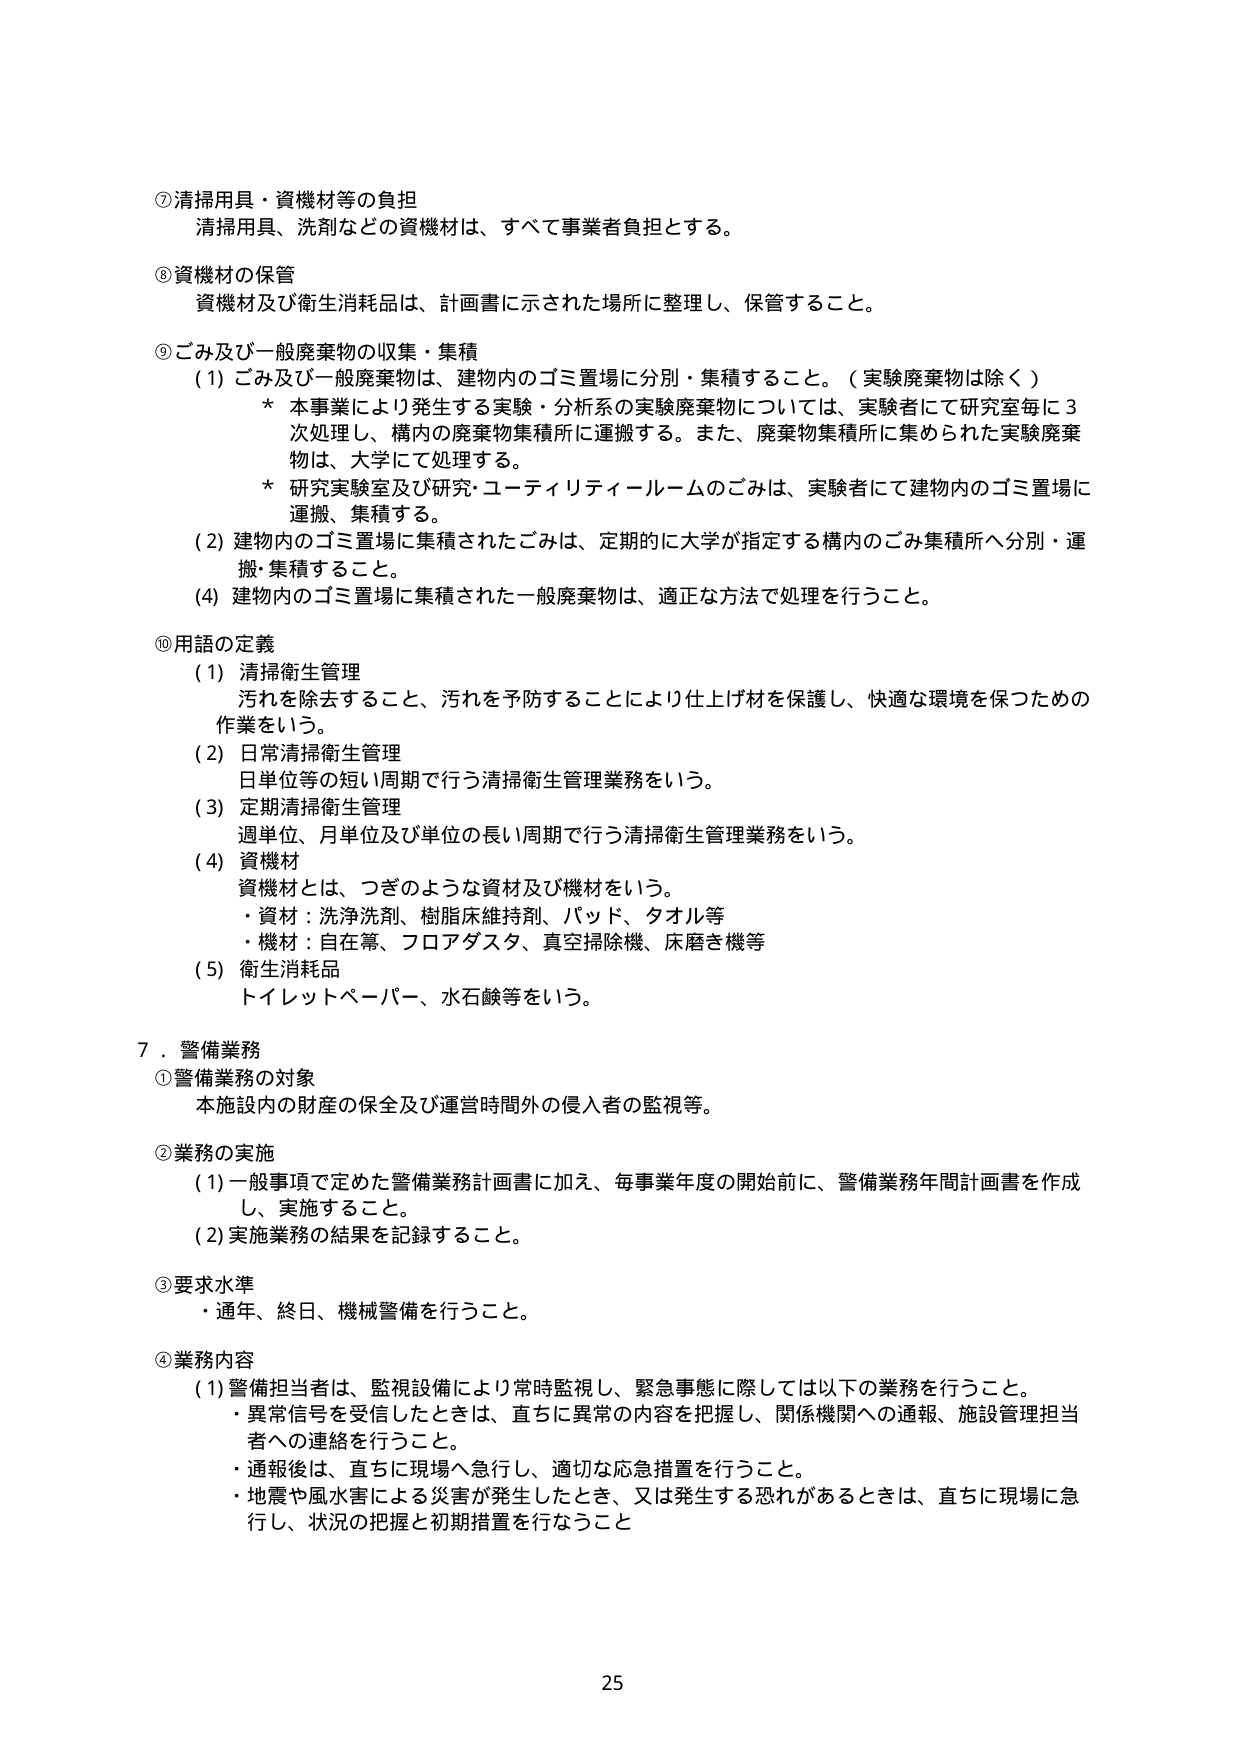
⑦清掃用具・資機材等の負担
清掃用具、洗剤などの資機材は、すべて事業者負担とする。

⑧資機材の保管
資機材及び衛生消耗品は、計画書に示された場所に整理し、保管すること。

⑨ごみ及び一般廃棄物の収集・集積
（1）ごみ及び一般廃棄物は、建物内のゴミ置場に分別・集積すること。（実験廃棄物は除く）
　　＊本事業により発生する実験・分析系の実験廃棄物については、実験者にて研究室毎に3次処理し、構内の廃棄物集積所に運搬する。また、廃棄物集積所に集められた実験廃棄物は、大学にて処理する。
　　＊研究実験室及び研究・ユーティリティールームのごみは、実験者にて建物内のゴミ置場に運搬・集積する。
（2）建物内のゴミ置場に集積されたごみは、定期的に大学が指定する構内のごみ集積所へ分別・運搬・集積すること。
（4）建物内のゴミ置場に集積された一般廃棄物は、適正な方法で処理を行うこと。

⑩用語の定義
（1）清掃衛生管理
　汚れを除去すること、汚れを予防することにより仕上げ材を保護し、快適な環境を保つための作業をいう。
（2）日常清掃衛生管理
　日単位等の短い周期で行う清掃衛生管理業務をいう。
（3）定期清掃衛生管理
　週単位、月単位及び単位の長い周期で行う清掃衛生管理業務をいう。
（4）資機材
　資機材とは、つぎのような資材及び機材をいう。
　・資材：洗浄洗剤、樹脂床維持剤、パッド、タオル等
　・機材：自在箒、フロアダスタ、真空掃除機、床磨き機等
（5）衛生消耗品
　トイレットペーパー、水石鹸等をいう。

７．警備業務
①警備業務の対象
　本施設内の財産の保全及び運営時間外の侵入者の監視等。

②業務の実施
（1）一般事項で定めた警備業務計画書に加え、毎事業年度の開始前に、警備業務年間計画書を作成し、実施すること。
（2）実施業務の結果を記録すること。

③要求水準
　・通年、終日、機械警備を行うこと。

④業務内容
（1）警備担当者は、監視設備により常時監視し、緊急事態に際しては以下の業務を行うこと。
　・異常信号を受信したときは、直ちに異常の内容を把握し、関係機関への通報、施設管理担当者への連絡を行うこと。
　・通報後は、直ちに現場へ急行し、適切な応急措置を行うこと。
　・地震や風水害による災害が発生したとき、又は発生する恐れがあるときは、直ちに現場に急行し、状況の把握と初期措置を行なうこと

25